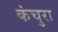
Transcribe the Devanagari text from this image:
कंचुरा